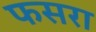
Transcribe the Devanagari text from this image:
फसरा